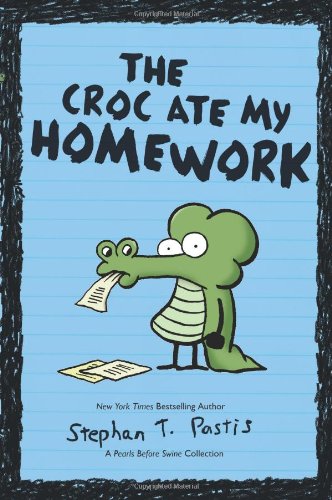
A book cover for The Croc Ate My Homework: A Pearls Before Swine Collection; Stephan Pastis; Children's Books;